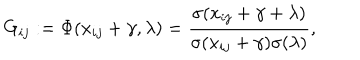
G _ { i j } : = \Phi ( x _ { i j } + \gamma , \lambda ) = \frac { \sigma ( x _ { i j } + \gamma + \lambda ) } { \sigma ( x _ { i j } + \gamma ) \sigma ( \lambda ) } ,